Vaccine operations Central Provinces 1886-1899 - 1886-1899
Year: 1886
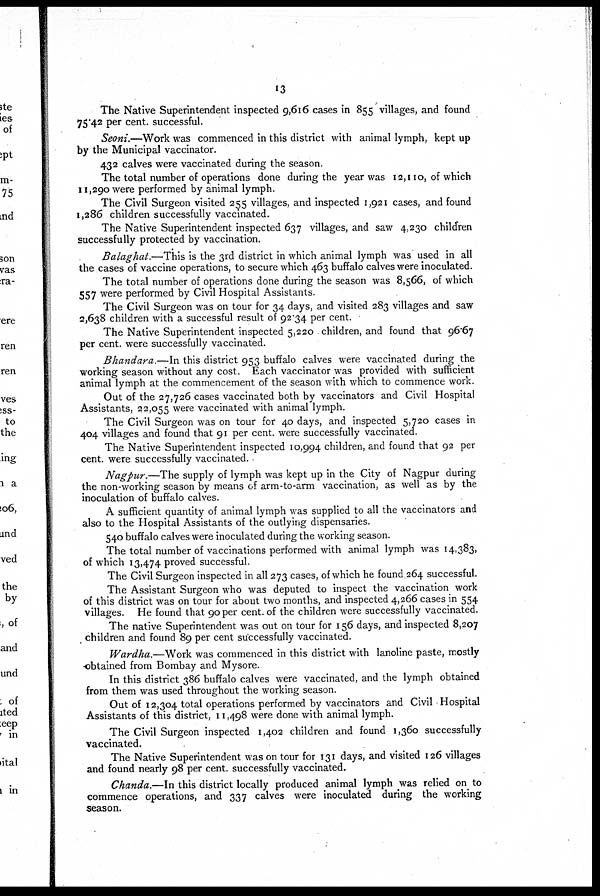
13
The Native Superintendent inspected 9,616 cases in 855 villages, and found
75.42 per cent. successful.
Seoni.—Work was commenced in this district with animal lymph, kept up
by the Municipal vaccinator.
432 calves were vaccinated during the season.
The total number of operations done during the year was 12,110, of which
11,290 were performed by animal lymph.
The Civil Surgeon visited 255 villages, and inspected 1,921 cases, and found
1,286 children successfully vaccinated.
The Native Superintendent inspected 637 villages, and saw 4,230 children
successfully protected by vaccination.
Balaghat.—This is the 3rd district in which animal lymph was used in all
the cases of vaccine operations, to secure which 463 buffalo calves were inoculated.
The total number of operations done during the season was 8,566, of which
557 were performed by Civil Hospital Assistants.
The Civil Surgeon was on tour for 34 days, and visited 283 villages and saw
2,638 children with a successful result of 92.34 per cent.
The Native Superintendent inspected 5,220 children, and found that 96.67
per cent. were successfully vaccinated.
Bhandara.—In this district 953 buffalo calves were vaccinated during the
working season without any cost. Each vaccinator was provided with sufficient
animal lymph at the commencement of the season with which to commence work.
Out of the 27,726 cases vaccinated both by vaccinators and Civil Hospital
Assistants, 22,055 were vaccinated with animal lymph.
The Civil Surgeon was on tour for 40 days, and inspected 5,720 cases in
404 villages and found that 91 per cent. were successfully vaccinated.
The Native Superintendent inspected 10,994 children, and found that 92 per
cent. were successfully vaccinated.
Nagpur.—The supply of lymph was kept up in the City of Nagpur during
the non-working season by means of arm-to-arm vaccination, as well as by the
inoculation of buffalo calves.
A sufficient quantity of animal lymph was supplied to all the vaccinators and
also to the Hospital Assistants of the outlying dispensaries.
540 buffalo calves were inoculated during the working season.
The total number of vaccinations performed with animal lymph was 14,383,
of which 13,474 proved successful.
The Civil Surgeon inspected in all 273 cases, of which he found 264 successful.
The Assistant Surgeon who was deputed to inspect the vaccination work
of this district was on tour for about two months, and inspected 4,266 cases in 554
villages. He found that 90 per cent. of the children were successfully vaccinated.
The native Superintendent was out on tour for 156 days, and inspected 8,207
children and found 89 per cent successfully vaccinated.
Wardha.—Work was commenced in this district with lanoline paste, mostly
-obtained from Bombay and Mysore.
In this district 386 buffalo calves were vaccinated, and the lymph obtained
from them was used throughout the working season.
Out of 12,304 total operations performed by vaccinators and Civil Hospital
Assistants of this district, 11,498 were done with animal lymph.
The Civil Surgeon inspected 1,402 children and found 1,360 successfully
vaccinated.
The Native Superintendent was on tour for 131 days, and visited 126 villages
and found nearly 98 per cent. successfully vaccinated.
Chanda.—In this district locally produced animal lymph was relied on to
commence operations, and 337 calves were inoculated during the working
season.